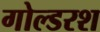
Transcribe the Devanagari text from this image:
गोल्डरश